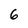
Character: 6